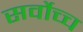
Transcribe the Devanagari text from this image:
सर्वाेच्च